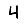
Digit: 4